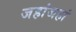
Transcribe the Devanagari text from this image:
जहांजहां